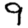
Digit: 9